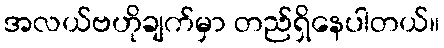
အလယ်ဗဟိုချက်မှာ တည်ရှိနေပါတယ်။